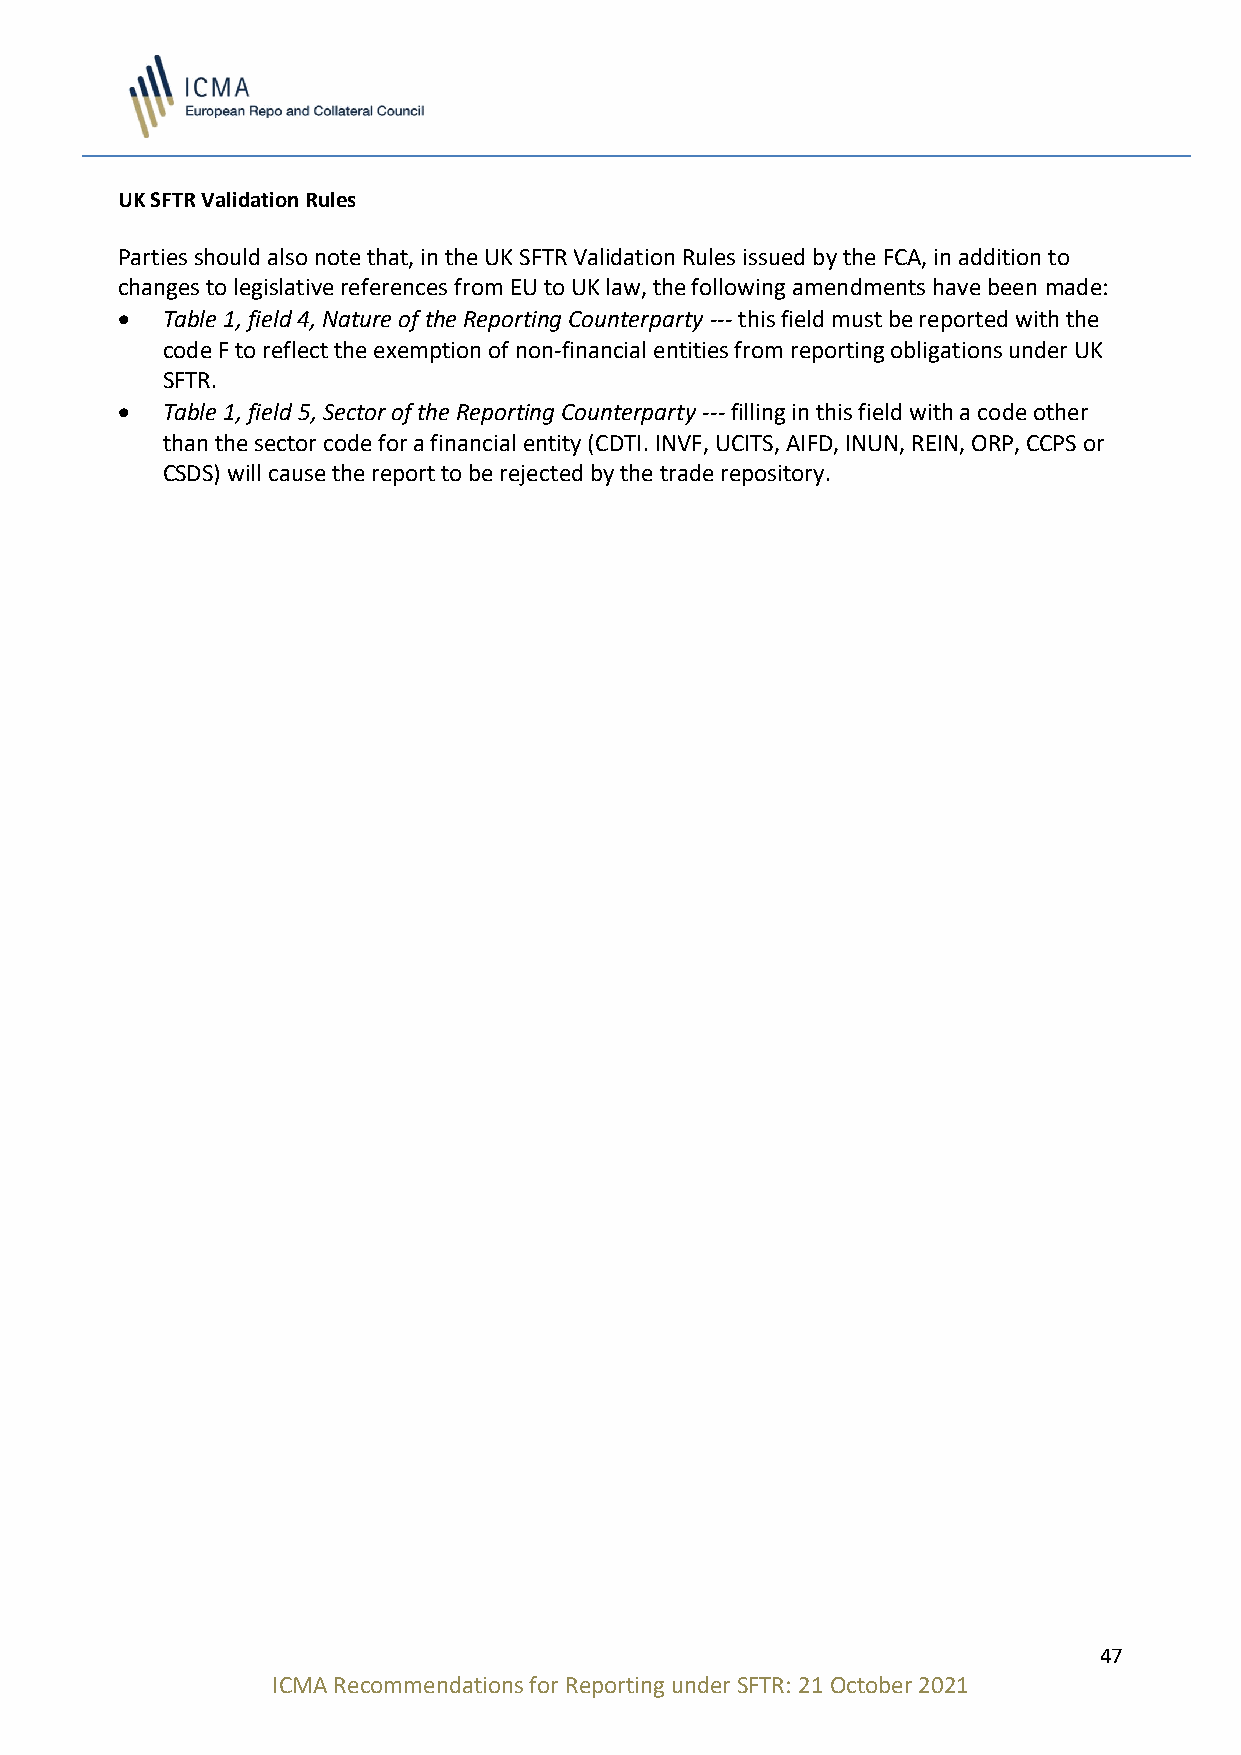
UK SFTR Validation Rules
 Parties should also note that, in the UK SFTR Validation Rules issued by the FCA, in addition to
 changes to legislative references from EU to UK law, the following amendments have been made:
 •  Table 1, field 4, Nature of the Reporting Counterparty --- this field must be reported with the
 code F to reflect the exemption of non-financial entities from reporting obligations under UK
 SFTR.
 •  Table 1, field 5, Sector of the Reporting Counterparty --- filling in this field with a code other
 than the sector code for a financial entity (CDTI. INVF, UCITS, AIFD, INUN, REIN, ORP, CCPS or
 CSDS) will cause the report to be rejected by the trade repository.
 47
 ICMA Recommendations for Reporting under SFTR: 21 October 2021